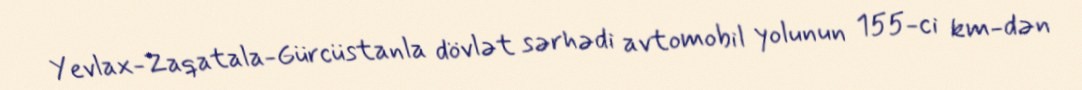
Yevlax-Zaqatala-Gürcüstanla dövlət sərhədi avtomobil yolunun 155-ci km-dən